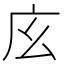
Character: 𢇝